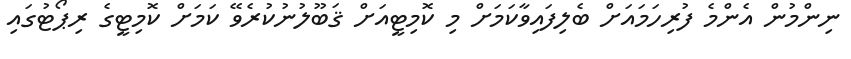
ނިންމުން އެންމެ ފުރިހަމައަށް ބެލިފައިވާކަމަށް މި ކޮމިޓީއަށް ޤަބޫލުނުކުރެވޭ ކަމަށް ކޮމިޓީގެ ރިޕޯޓުގައި